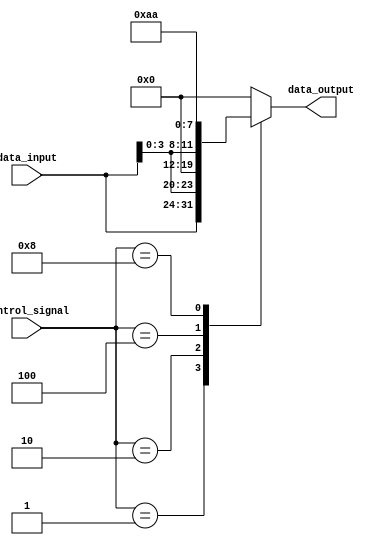
module vector_continuous_assignment(
    input wire [3:0] control_signal,  // 4-bit control signal
    input wire [7:0] data_input,      // 8-bit input data
    output wire [7:0] data_output      // 8-bit output data
);

    // Internal 8-bit vector signal
    reg [7:0] internal_vector;

    // Continuous assignment using the assign statement
    assign data_output = internal_vector;

    // Continuous assignment based on control_signal
    always @(*) begin
        case (control_signal)
            4'b0001: internal_vector = data_input;                         // Assign data_input when control is 0001
            4'b0010: internal_vector = {data_input[3:0], 4'b0000};        // Assign lower 4 bits and zero-extend
            4'b0100: internal_vector = {4'b0000, data_input[3:0]};        // Assign upper 4 bits and zero-extend
            4'b1000: internal_vector = 8'b10101010;                        // Assign a constant value
            default: internal_vector = 8'b00000000;                        // Default to zero
        endcase
    end

endmodule